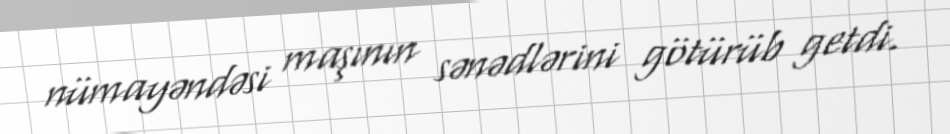
nümayəndəsi maşının sənədlərini götürüb getdi.